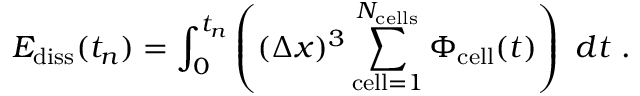
E _ { \mathrm { d i s s } } ( t _ { n } ) = \int _ { 0 } ^ { t _ { n } } \left( ( \Delta x ) ^ { 3 } \sum _ { \mathrm { c e l l } = 1 } ^ { N _ { \mathrm { c e l l s } } } \Phi _ { \mathrm { c e l l } } ( t ) \right) ~ d t \mathrm { ~ . ~ }